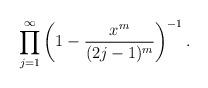
LaTeX: \begin{align*}\prod_{j=1}^{\infty}\left(1-\frac{x^m}{(2j-1)^m}\right)^{-1}.\end{align*}